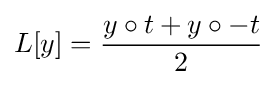
L[y]={\frac {y\circ t+y\circ -t}{2}}